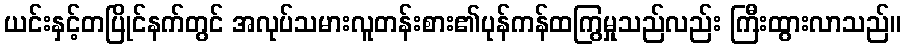
ယင်းနှင့်တပြိုင်နက်တွင် အလုပ်သမားလူတန်းစား၏ပုန်ကန်ထကြွမှုသည်လည်း ကြီးထွားလာသည်။